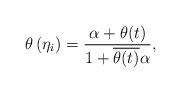
LaTeX: \begin{align*} \theta\left(\eta_{i}\right)=\frac{\alpha+\theta(t)}{1+\overline{\theta(t)} \alpha},\end{align*}